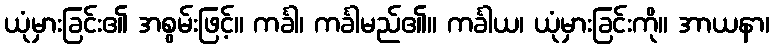
ယုံမှားခြင်း၏ အစွမ်းဖြင့်။ ကင်္ခါ၊ ကင်္ခါမည်၏။ ကင်္ခါယ၊ ယုံမှားခြင်းကို။ အာယနာ၊